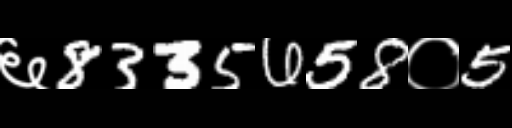
Text: ६8335658०5